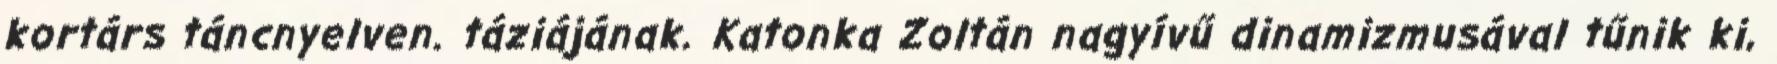
kortárs táncnyelven. táziájának. Katonka Zoltán nagyívű dinamizmusával tűnik ki,